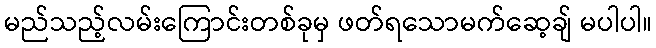
မည်သည့်လမ်းကြောင်းတစ်ခုမှ ဖတ်ရသောမက်ဆေ့ချ် မပါပါ။